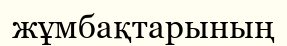
жұмбақтарының